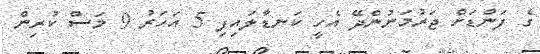
ގެ ފަންޑަށް ޖަރުމަނުންދޭ އެހީ ކަނޑާލައިފި 5 އަހަރު 9 މަސް ކުރިން